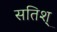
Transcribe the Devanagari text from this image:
सतिश्